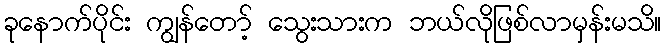
ခုနောက်ပိုင်း ကျွန်တော့် သွေးသားက ဘယ်လိုဖြစ်လာမှန်းမသိ။